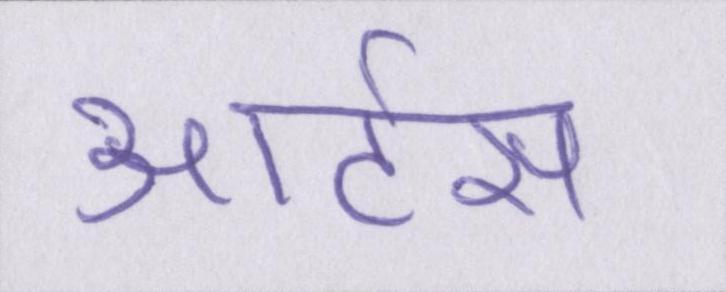
आर्टस